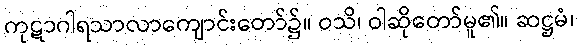
ကုဋာဂါရသာလာကျောင်းတော်၌။ ဝသိ၊ ဝါဆိုတော်မူ၏။ ဆဋ္ဌမံ၊